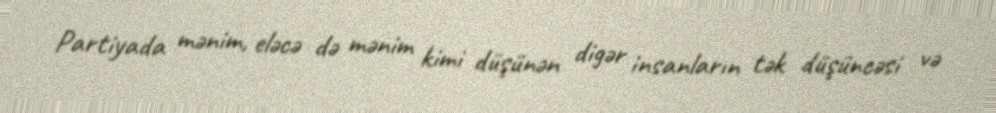
Partiyada mənim, eləcə də mənim kimi düşünən digər insanların tək düşüncəsi və